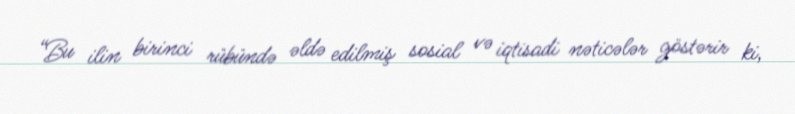
“Bu ilin birinci rübündə əldə edilmiş sosial və iqtisadi nəticələr göstərir ki,